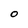
Character: o